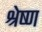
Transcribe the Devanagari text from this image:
श्रेष्‍ण